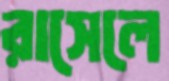
রাসেলে